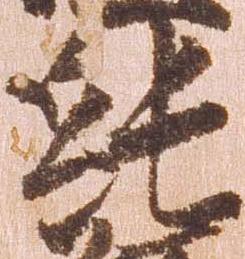
純